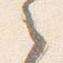
之